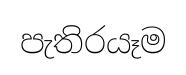
පැතිරයෑම